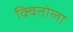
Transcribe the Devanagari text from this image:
क्वितोला